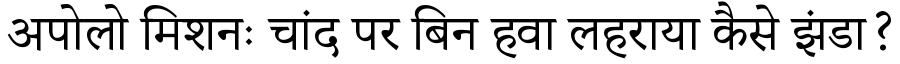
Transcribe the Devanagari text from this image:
अपोलो मिशनः चांद पर बिन हवा लहराया कैसे झंडा?